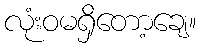
လုံးဝမရှိတော့ချေ။